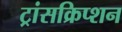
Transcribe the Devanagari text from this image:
ट्रांसक्रिप्‍शन